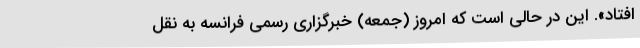
افتاد». این در حالی است که امروز (جمعه) خبرگزاری رسمی فرانسه به نقل